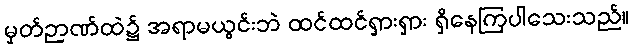
မှတ်ဉာဏ်ထဲ၌ အရာမယွင်းဘဲ ထင်ထင်ရှားရှား ရှိနေကြပါသေးသည်။